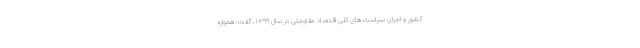
کشور و اجرای سیاست های کلی اقتصاد مقاومتی در سال ۱۳۹۹، گفت: همواره